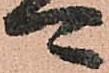
可